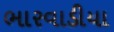
ભારવાડીયા